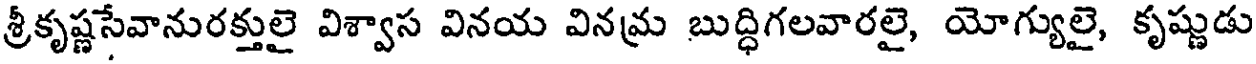
శ్రీకృష్ణసేవానురక్తులై విశ్వాస వినయ వినమ్ర బుద్ధిగలవారలై, యోగ్యులై, కృష్ణుడు